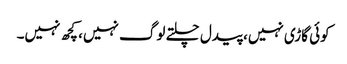
کوئی گاڑی نہیں، پیدل چلتے لوگ نہیں، کچھ نہیں۔